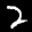
Label: 2